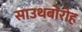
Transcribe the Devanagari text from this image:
साउथबोरोह